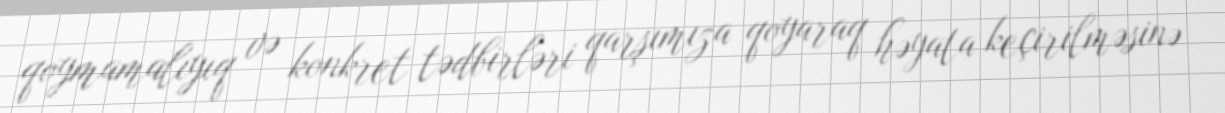
qoymamalıyıq və konkret tədbirləri qarşımıza qoyaraq həyata keçirilməsinə